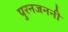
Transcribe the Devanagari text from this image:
पुरनजननी